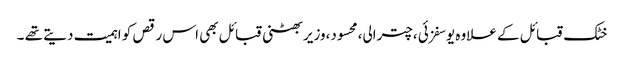
خٹک قبائل کے علاوہ یوسفزئی ،چترالی،محسود،وزیر بھٹنی قبائل بھی اس رقص کو اہمیت دیتے تھے ۔